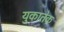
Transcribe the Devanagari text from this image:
युकातेक